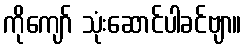
ကိုကျော် သုံးဆောင်ပါခင်ဗျာ။